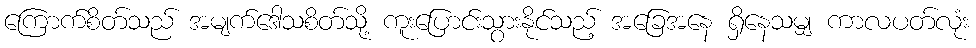
ကြောက်စိတ်သည် အမျက်ဒေါသစိတ်သို့ ကူးပြောင်းသွားနိုင်သည့် အခြေအနေ ရှိနေသမျှ ကာလပတ်လုံး